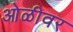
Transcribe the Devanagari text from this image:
ओळीवर